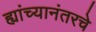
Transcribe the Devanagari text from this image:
ह्यांच्यानंतरचे